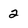
Character: 2